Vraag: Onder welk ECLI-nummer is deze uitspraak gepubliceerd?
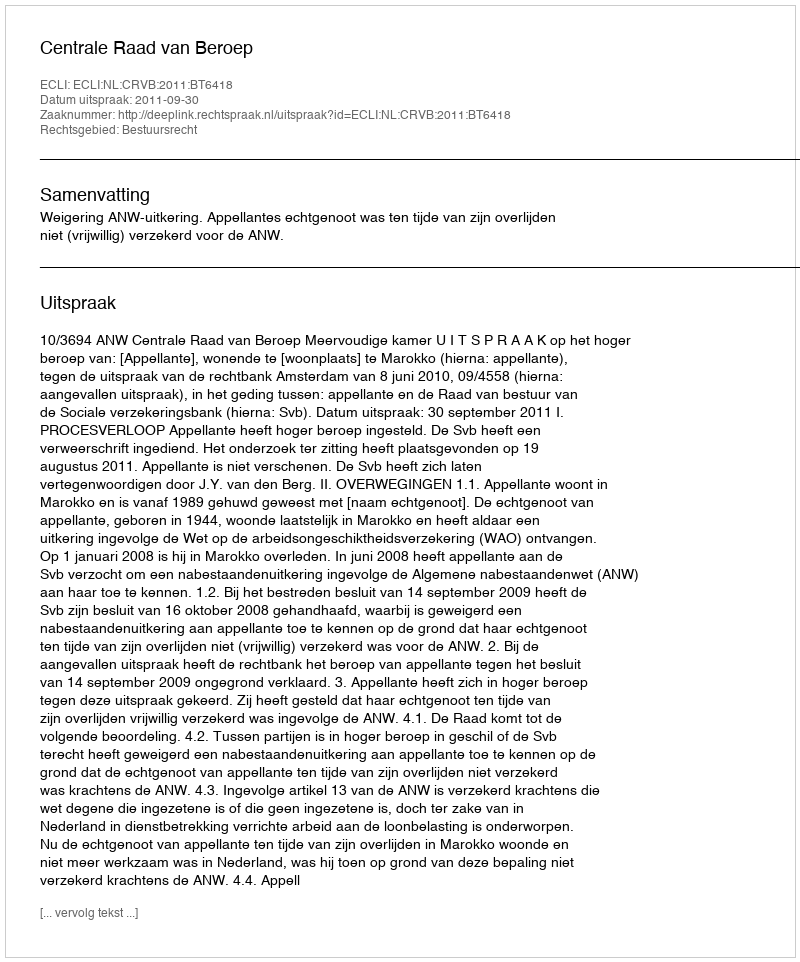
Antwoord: ECLI:NL:CRVB:2011:BT6418